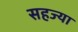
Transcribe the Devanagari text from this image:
सहज्या